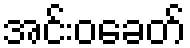
အင်းဝခေတ်